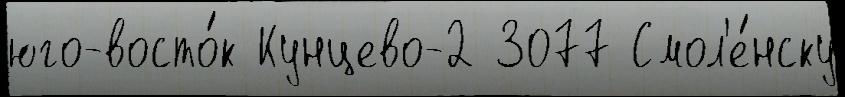
юго-восто́к Кунцево-2 3077 Смол'е́нску